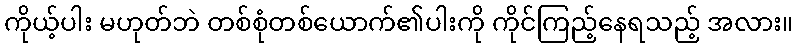
ကိုယ့်ပါး မဟုတ်ဘဲ တစ်စုံတစ်ယောက်၏ပါးကို ကိုင်ကြည့်နေရသည့် အလား။